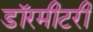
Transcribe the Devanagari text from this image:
डॉरमीटरी